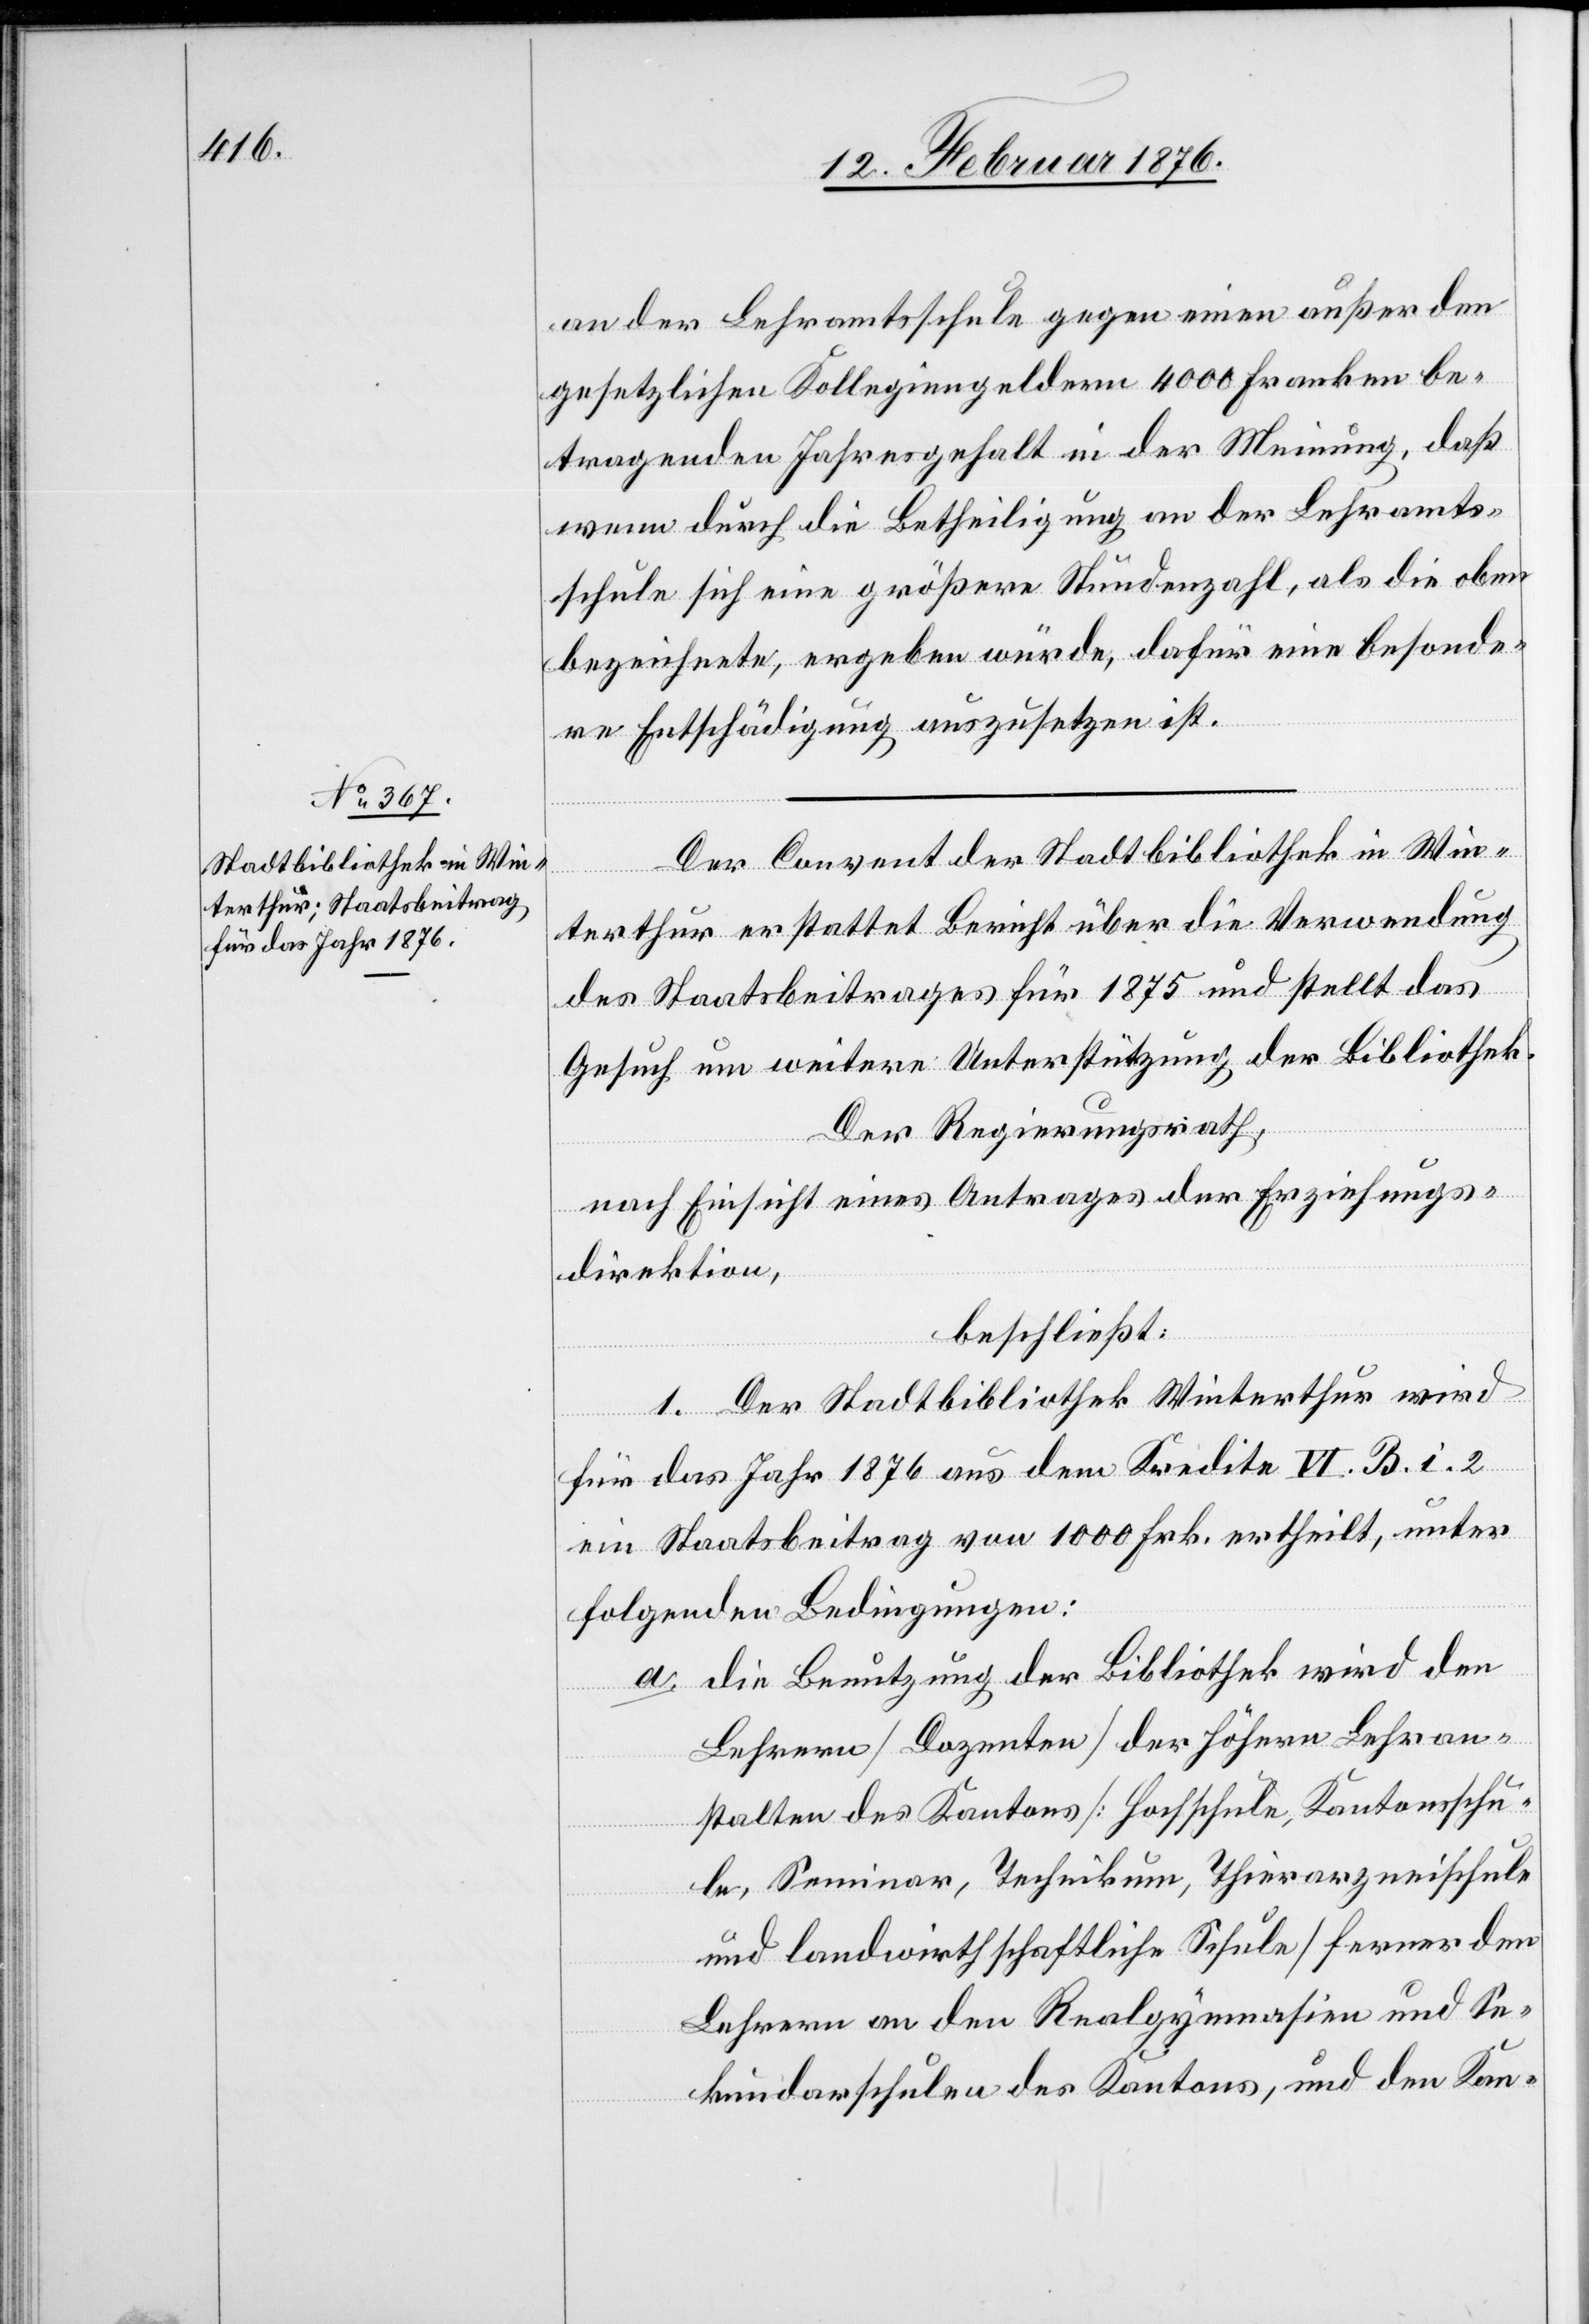
an der Lehramtsschule gegen einen außer den
gesetzlichen Kollegiengeldern 4000 Franken be¬
tragenden Jahresgehalt in der Meinung, daß
wenn durch die Betheiligung an der Lehramts¬
schule sich eine größere Stundenzahl, als die oben
bezeichnete, ergeben würde, dafür eine besonde¬
re Entschädigung anzusetzen ist.
Der Convent der Stadtbibliothek in Win¬
terthur erstattet Bericht über die Verwendung
des Staatsbeitrages für 1875 und stellt das
Gesuch um weitere Unterstützung der Bibliothek.
Der Regierungsrath,
nach Einsicht eines Antrages der Erziehungs¬
direktion,
beschließt:
1. Der Stadtbibliothek Winterthur wird
für das Jahr 1876 aus dem Kredite VI. B. i. 2
ein Staatsbeitrag von 1000 Frk. ertheilt, unter
folgenden Bedingungen:
a. die Benutzung der Bibliothek wird den
Lehrern [Dozenten] der höhern Lehran¬
stalten des Kantons [Hochschule, Kantonsschu¬
le, Seminar, Technikum, Thierarzneischule
und landwirthschaftliche Schule] ferner den
Lehrern an den Realgymnasien und Se¬
kundarschulen des Kantons, und den Kan-